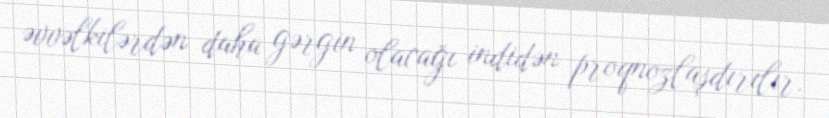
əvvəlkilərdən daha gərgin olacağı indidən proqnozlaşdırılır.